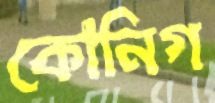
কোনিগ